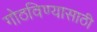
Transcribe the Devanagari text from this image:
गोठविण्यासाठी